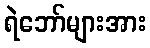
ရဲဘော်များအား